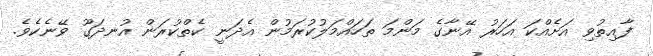
ފާއިތުވި އަށެއްކަ އަހަރު އޭނާގެ މަންމަ ތަހައްމަލުކުރަމުން އެދަނީ ކެތްކުރަން އުނދަގޫ ވޭނެކެވެ.